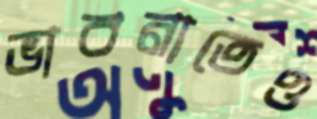
ভাবনাতেও